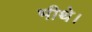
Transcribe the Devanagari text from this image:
भीथे।